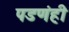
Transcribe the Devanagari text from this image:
पडणंही